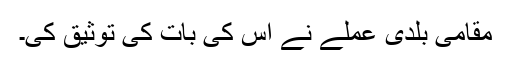
مقامی بلدی عملے نے اس کی بات کی توثیق کی۔